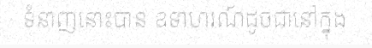
ទំនាញនោះបាន ឧទាហរណ៍ដូចជានៅក្នុង